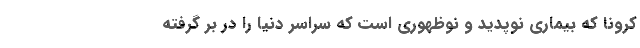
کرونا که بیماری نوپدید و نوظهوری است که سراسر دنیا را در بر گرفته